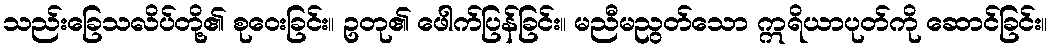
သည်းခြေသလိပ်တို့၏ စုဝေးခြင်း။ ဥတု၏ ဖေါက်ပြန်ခြင်း။ မညီမညွတ်သော ဣရိယာပုတ်ကို ဆောင်ခြင်း။